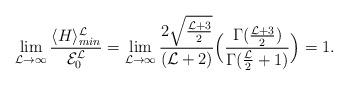
LaTeX: \begin{align*}\lim_{{\cal L}\to\infty}\frac{\langle H\rangle^{{\cal L}}_{min}}{{\cal E}^{{\cal L}}_{0}}=\lim_{{\cal L}\to\infty}\frac{2\sqrt{\frac{{\cal L} +3}{2}}}{({\cal L} +2)}\Big(\frac{\Gamma(\frac{{\cal L}+3}{2})}{\Gamma(\frac{\cal L}{2}+1)}\Big)=1.\end{align*}